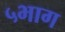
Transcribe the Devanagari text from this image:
५भाग